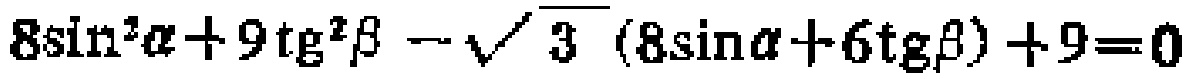
\(8\sin^{2}\alpha + 9\mathrm{tg}^{2}\beta-\sqrt{3}(8\sin\alpha + 6\mathrm{tg}\beta)+9 = 0\)